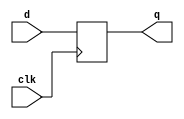
module top_module (
    input clk,
    input [7:0] d,
    output reg [7:0] q
);

    always @(posedge clk)
        q <= d;
    
endmodule